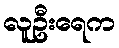
လူဦးရေက